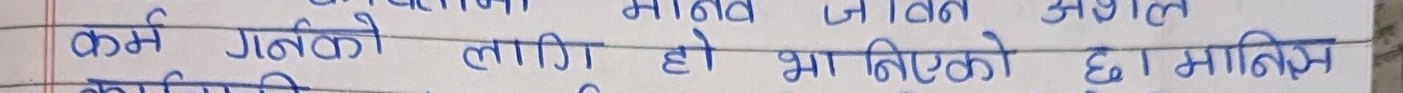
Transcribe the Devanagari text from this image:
कर्म गर्नको लागि हो भा निजको छ मानिस